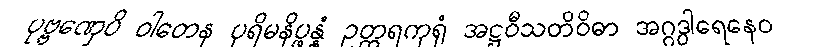
ပုဗ္ဗဏှေပိ ဝါတေန ပုရိမနိပ္ဖန္နံ ဥတ္တရကုရုံ အဋ္ဌဝီသတိဝိဓာ အဂ္ဂဒွါရေနေဝ